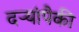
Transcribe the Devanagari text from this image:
दऱ्यांपैकी